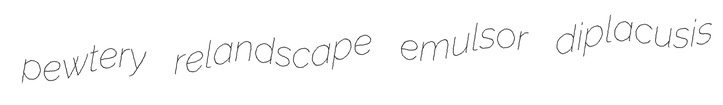
pewtery relandscape emulsor diplacusis